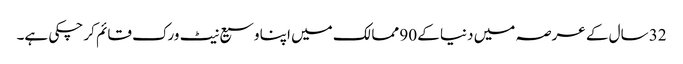
32 سال کے عرصہ میں دنیا کے 90 ممالک میں اپنا وسیع نیٹ ورک قائم کر چکی ہے۔